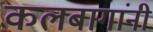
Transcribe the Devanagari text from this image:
कलबागांनी